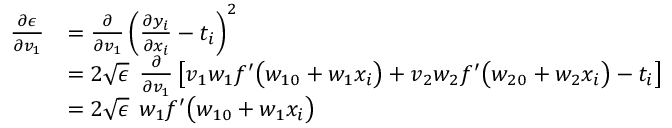
\begin{array} { r l } { \frac { \partial \epsilon } { \partial v _ { 1 } } } & { = \frac { \partial } { \partial v _ { 1 } } \left( \frac { \partial y _ { i } } { \partial x _ { i } } - t _ { i } \right) ^ { 2 } } \\ & { = 2 \sqrt { \epsilon } \: \: \frac { \partial } { \partial v _ { 1 } } \left[ v _ { 1 } w _ { 1 } f ^ { \prime } \big ( w _ { 1 0 } + w _ { 1 } x _ { i } \big ) + v _ { 2 } w _ { 2 } f ^ { \prime } \big ( w _ { 2 0 } + w _ { 2 } x _ { i } \big ) - t _ { i } \right] } \\ & { = 2 \sqrt { \epsilon } \: \: w _ { 1 } f ^ { \prime } \big ( w _ { 1 0 } + w _ { 1 } x _ { i } \big ) } \end{array}